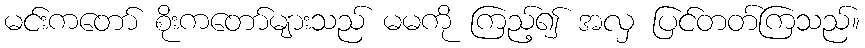
မင်းကတော် စိုးကတော်များသည် မမကို ကြည့်၍ အလှ ပြင်တတ်ကြသည်။